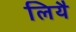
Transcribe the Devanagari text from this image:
लियै